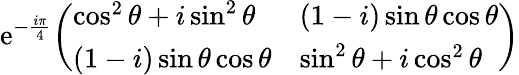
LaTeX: \mathrm{e}^{-{\frac{{i\pi}}{{4}}}}{\left(\begin{array}{ll}{\cos^{2}\theta+i\sin^{2}\theta}&{(1-i)\sin\theta\cos\theta}\\ {(1-i)\sin\theta\cos\theta}&{\sin^{2}\theta+i\cos^{2}\theta}\end{array}\right)}